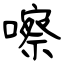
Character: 嚓